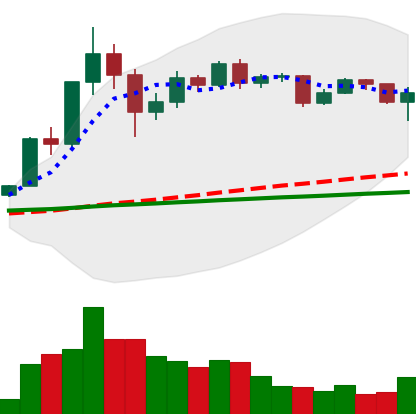
Ticker: XRP-USD
Chart end date: 2020-12-09
Forward return: -14.715%
Label: down_7plus